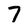
Character: 7